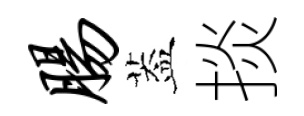
肠葢掞